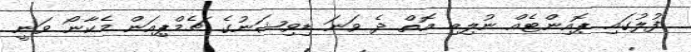
ފުލުގައި ޕޮއިންޓެއް ނުލިބި އޮތް ދެ ވަނަ ޑިވިޝަނުގެ ޗެމްޕިއަން މެކާނޯ ވަނީ